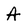
Character: A